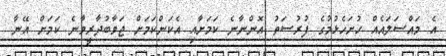
އެ މައްސަލައެއް ހުށަހެޅުމުގެ ފުރުސަތު އޮންނާނެ ކަމަށާއި އެކަންކަމަށް ޖަވާބުދާރީވާނެ ކަމަށް އޭނާ